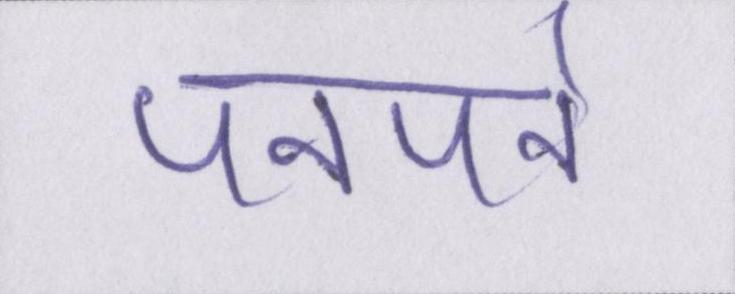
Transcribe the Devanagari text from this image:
पनपने